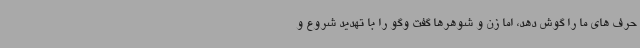
حرف های ما را گوش دهد، اما زن و شوهرها گفت وگو را با تهدید شروع و